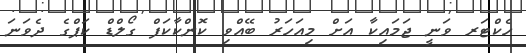
ހެކްޓަރ ވަނީ ޖަމައިކާ އަށް މިއަހަރު ބޭއްވި ކޮންކާކަފް ގޯލްޑް ކަޕްގެ ދެވަނަ